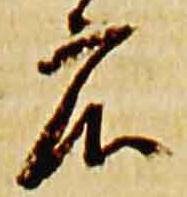
庄